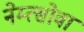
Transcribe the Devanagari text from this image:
नेम्त्सोवा